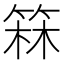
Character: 箖